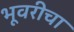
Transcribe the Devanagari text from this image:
भूवरीचा